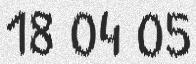
18 04 05